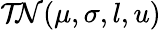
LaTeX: \mathcal{TN}(\mu,\sigma,l,u)